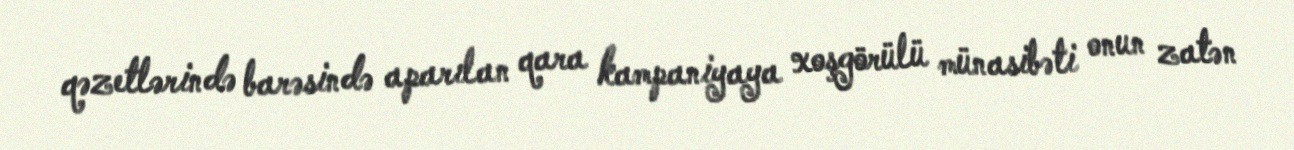
qəzetlərində barəsində aparılan qara kampaniyaya xoşgörülü münasibəti onun zatən